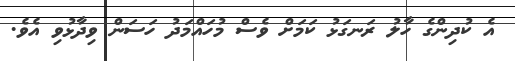
އެ ކުދިންގެ ހާލު ރަނގަޅު ކަމަށް ވެސް މުހައްމަދު ހަސަން ވިދާޅުވި އެވެ.